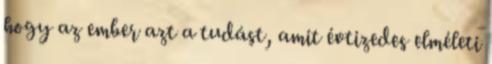
hogy az ember azt a tudást, amit évtizedes elméleti